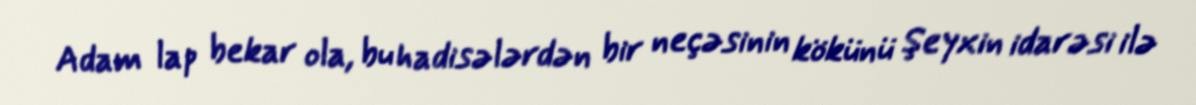
Adam lap bekar ola, bu hadisələrdən bir neçəsinin kökünü Şeyxin idarəsi ilə